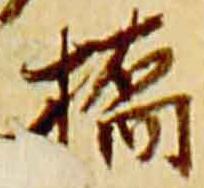
橋